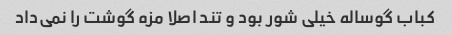
کباب گوساله خیلی شور بود و تند اصلا مزه گوشت را نمی‌داد